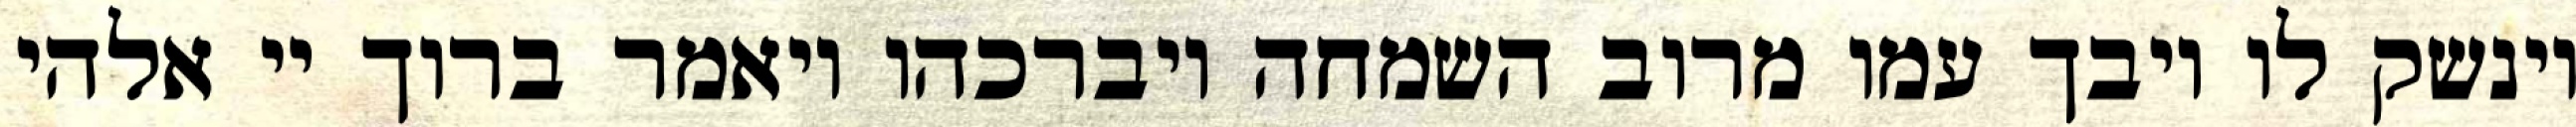
וינשק לו ויבך עמו מרוב השמחה ויברכהו ויאמר ברוך יי אלהי